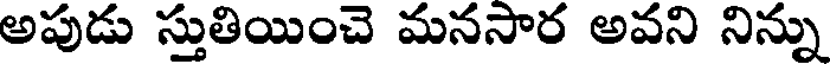
అపుడు స్తుతియించె మనసార అవని నిన్ను